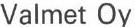
Valmet Oy